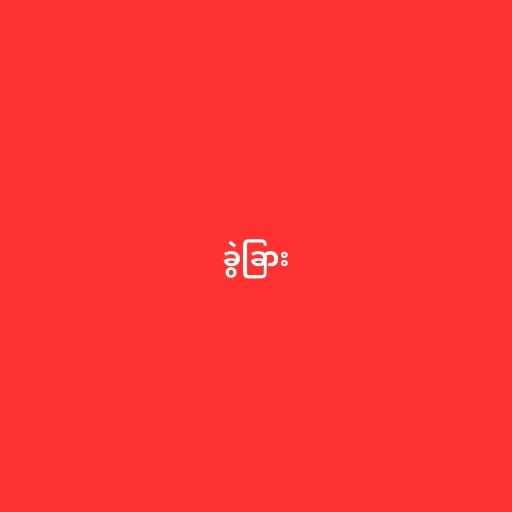
ခွဲခြား